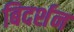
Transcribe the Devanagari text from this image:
बिदर्शन